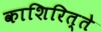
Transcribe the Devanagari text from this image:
काशिरित्ते